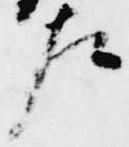
左